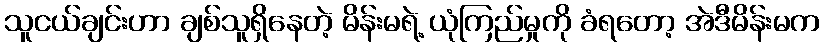
သူငယ်ချင်းဟာ ချစ်သူရှိနေတဲ့ မိန်းမရဲ့ ယုံကြည်မှုကို ခံရတော့ အဲဒီမိန်းမက